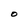
Character: O